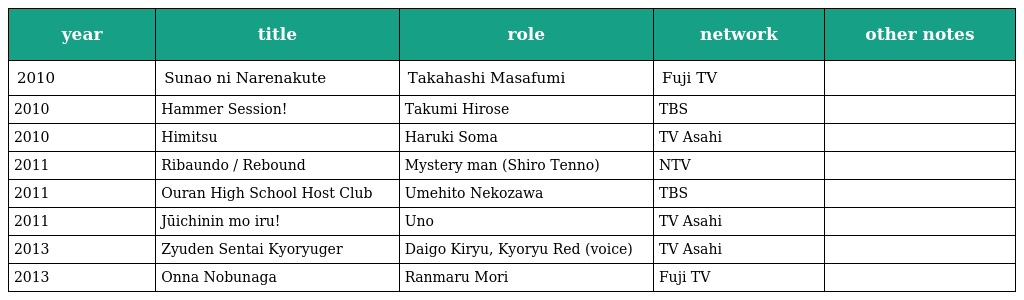
| year | title | role | network | other notes |
 | --- | --- | --- | --- | --- |
 | 2010 | Sunao ni Narenakute | Takahashi Masafumi | Fuji TV |  |
 | 2010 | Hammer Session! | Takumi Hirose | TBS |  |
 | 2010 | Himitsu | Haruki Soma | TV Asahi |  |
 | 2011 | Ribaundo / Rebound | Mystery man (Shiro Tenno) | NTV |  |
 | 2011 | Ouran High School Host Club | Umehito Nekozawa | TBS |  |
 | 2011 | Jūichinin mo iru! | Uno | TV Asahi |  |
 | 2013 | Zyuden Sentai Kyoryuger | Daigo Kiryu, Kyoryu Red (voice) | TV Asahi |  |
 | 2013 | Onna Nobunaga | Ranmaru Mori | Fuji TV |  |